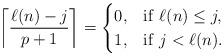
LaTeX: \begin{align*}\left\lceil\frac{\ell(n)-j}{p+1}\right\rceil=\begin{cases}0, & \mathrm{if}\ \ell(n)\leq j,\\1, & \mathrm{if}\ j<\ell(n).\end{cases}\end{align*}